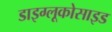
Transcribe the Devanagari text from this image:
डाइग्लूकोसाइड